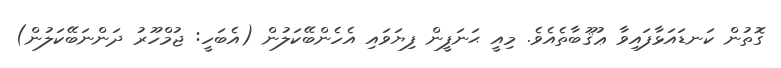
ގޮތުން ކަނޑައަޅާފައިވާ ޢުޤޫބާތެއެވެ. މިއީ ޙަނަފީން ފިޔަވައި އެހެންބޭކަލުން (އެބަހީ: ޖުމްހޫރު ދަންނަބޭކަލުން)